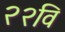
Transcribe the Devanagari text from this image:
२२वि